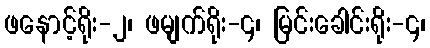
ဖနောင့်ရိုး-၂၊ ဖမျက်ရိုး-၄၊ မြင်းခေါင်းရိုး-၄၊